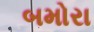
બમોરા